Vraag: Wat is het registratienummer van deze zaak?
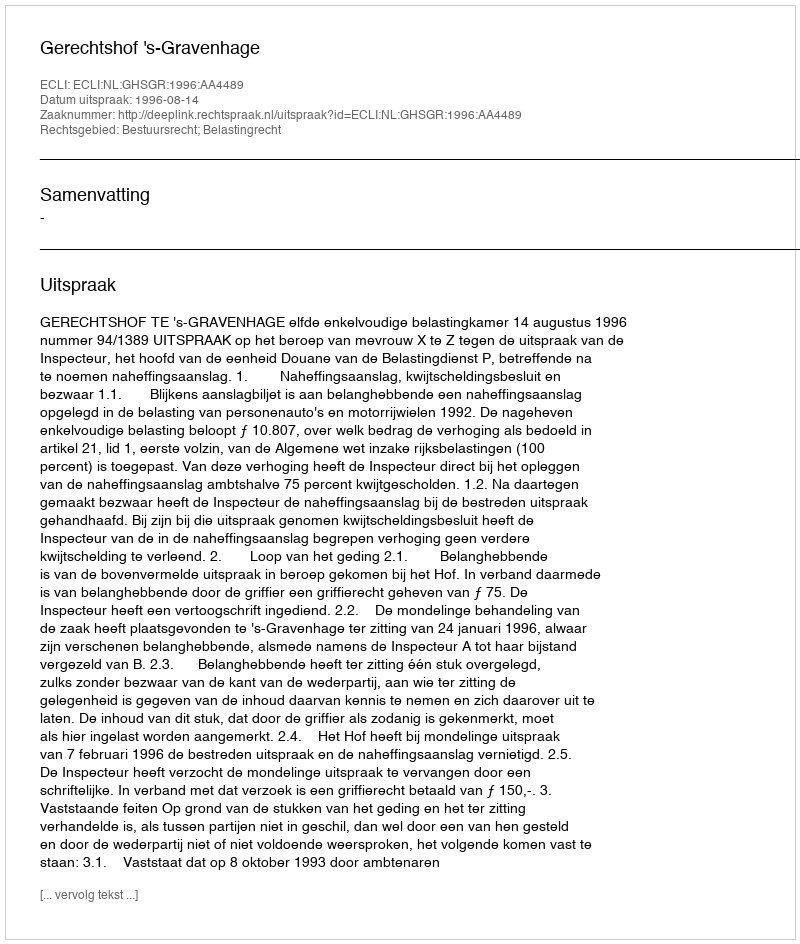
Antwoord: http://deeplink.rechtspraak.nl/uitspraak?id=ECLI:NL:GHSGR:1996:AA4489